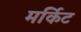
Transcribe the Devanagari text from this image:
मर्किट